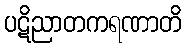
ပဋိညာတကရဏာတိ